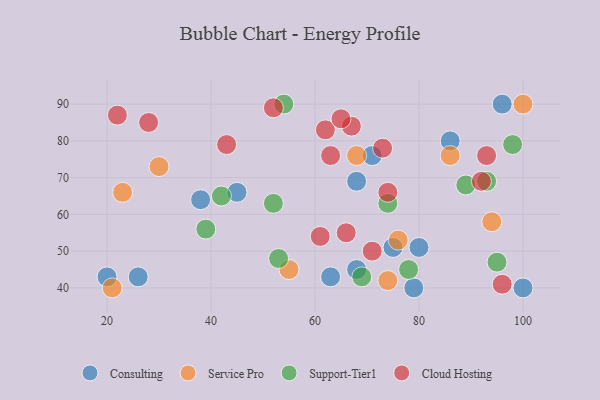
{"axis": {"x": "GDP", "y": "Life Expectancy"}, "legend": ["Cloud Hosting", "Consulting", "Service Pro", "Support-Tier1"], "data": [{"x": "71", "y": 76, "type": "Consulting"}, {"x": "86", "y": 80, "type": "Consulting"}, {"x": "100", "y": 40, "type": "Consulting"}, {"x": "63", "y": 43, "type": "Consulting"}, {"x": "96", "y": 90, "type": "Consulting"}, {"x": "80", "y": 51, "type": "Consulting"}, {"x": "79", "y": 40, "type": "Consulting"}, {"x": "75", "y": 51, "type": "Consulting"}, {"x": "20", "y": 43, "type": "Consulting"}, {"x": "38", "y": 64, "type": "Consulting"}, {"x": "68", "y": 45, "type": "Consulting"}, {"x": "26", "y": 43, "type": "Consulting"}, {"x": "45", "y": 66, "type": "Consulting"}, {"x": "68", "y": 69, "type": "Consulting"}, {"x": "86", "y": 76, "type": "Service Pro"}, {"x": "94", "y": 58, "type": "Service Pro"}, {"x": "76", "y": 53, "type": "Service Pro"}, {"x": "21", "y": 40, "type": "Service Pro"}, {"x": "68", "y": 76, "type": "Service Pro"}, {"x": "55", "y": 45, "type": "Service Pro"}, {"x": "74", "y": 42, "type": "Service Pro"}, {"x": "23", "y": 66, "type": "Service Pro"}, {"x": "100", "y": 90, "type": "Service Pro"}, {"x": "30", "y": 73, "type": "Service Pro"}, {"x": "95", "y": 47, "type": "Support-Tier1"}, {"x": "78", "y": 45, "type": "Support-Tier1"}, {"x": "89", "y": 68, "type": "Support-Tier1"}, {"x": "42", "y": 65, "type": "Support-Tier1"}, {"x": "53", "y": 48, "type": "Support-Tier1"}, {"x": "69", "y": 43, "type": "Support-Tier1"}, {"x": "52", "y": 63, "type": "Support-Tier1"}, {"x": "39", "y": 56, "type": "Support-Tier1"}, {"x": "93", "y": 69, "type": "Support-Tier1"}, {"x": "54", "y": 90, "type": "Support-Tier1"}, {"x": "74", "y": 63, "type": "Support-Tier1"}, {"x": "98", "y": 79, "type": "Support-Tier1"}, {"x": "28", "y": 85, "type": "Cloud Hosting"}, {"x": "71", "y": 50, "type": "Cloud Hosting"}, {"x": "66", "y": 55, "type": "Cloud Hosting"}, {"x": "73", "y": 78, "type": "Cloud Hosting"}, {"x": "74", "y": 66, "type": "Cloud Hosting"}, {"x": "63", "y": 76, "type": "Cloud Hosting"}, {"x": "96", "y": 41, "type": "Cloud Hosting"}, {"x": "62", "y": 83, "type": "Cloud Hosting"}, {"x": "22", "y": 87, "type": "Cloud Hosting"}, {"x": "61", "y": 54, "type": "Cloud Hosting"}, {"x": "92", "y": 69, "type": "Cloud Hosting"}, {"x": "52", "y": 89, "type": "Cloud Hosting"}, {"x": "93", "y": 76, "type": "Cloud Hosting"}, {"x": "67", "y": 84, "type": "Cloud Hosting"}, {"x": "65", "y": 86, "type": "Cloud Hosting"}, {"x": "43", "y": 79, "type": "Cloud Hosting"}]}